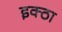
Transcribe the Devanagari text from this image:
इक्ठा